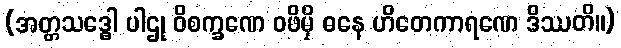
(အတ္တသဒ္ဓေါ ပါဌု ဝိစက္ခဏေ ဝဖိမှိ ဓနေ ဟိတေကာရဏေ ဒိဿတိ။)